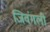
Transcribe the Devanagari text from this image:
जिवंगली